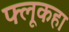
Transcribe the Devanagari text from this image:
फ्लूकहा